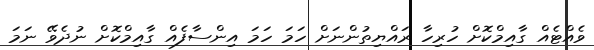
ވެއްޓެއް ގާއިމްކޮށް ހުރިހާ ރައްޔިތުންނަށް ހަމަ ހަމަ އިންސާފެއް ގާއިމްކޮށް ނުދެވޭ ނަމަ